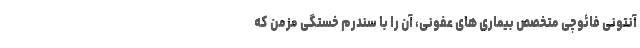
آنتونی فائوچی متخصص بیماری های عفونی، آن را با سندرم خستگی مزمن که